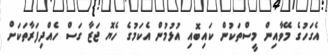
އެގަހުގެ މޭވާއިން މީސްތަކުން ކައިބޮއި އުޅުމުން އެކަމުގެ ހެޔޮ ޖަޒާ ގަސް ހެއްދިފަރާތަކަށް